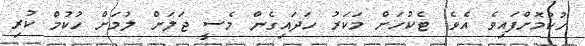
ހުކުމޮށްފައިވެ އެވެ. ޓެކުހަށް މަކަރު ހަދައިގެން މެސީ ޖަލަށް ލުމަށް ހުކުމް ކުރި